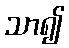
သာ၍